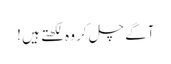
آگے چل کر وہ لکھتے ہیں !